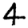
Digit: 4